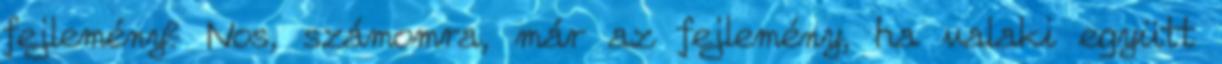
fejlemény? Nos, számomra, már az fejlemény, ha valaki együtt